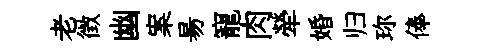
老徴幽案昜寵肉犖婚归珎俸